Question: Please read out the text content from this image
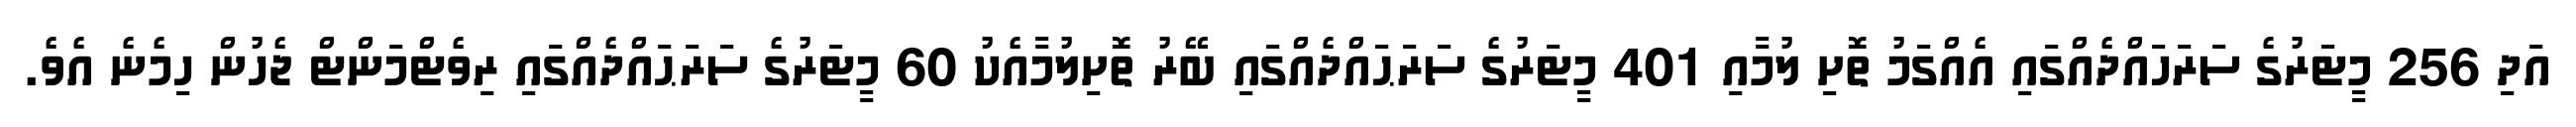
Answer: އަދި 256 މީޓަރުގެ ސަރަހައްދެއްގައި އެއްގަމު ތޮށި ލުމާއި 401 މީޓަރުގެ ސަރަޙައްދެއްގައި ބޭރު ތޮށިލުމާއެކު 60 މީޓަރުގެ ސަރަޙައްދެއްގައި ރިވެޓްމަންޓް ޖެހުން ހިމެނެ އެވެ.